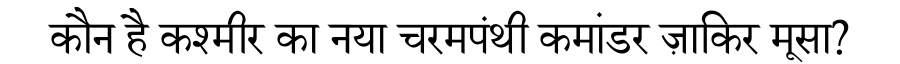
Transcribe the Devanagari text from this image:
कौन है कश्मीर का नया चरमपंथी कमांडर ज़ाकिर मूसा?